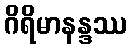
ဂိရိမာနန္ဒဿ